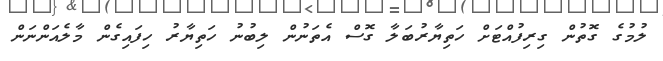
ލުމުގެ ގޮތުން ގިރިފުއްޓަށް ހަތިޔާރުބަލާ ގޮސް އެތަނުން ލިބުނު ހަތިޔާރު ހިފައިގެން މާލެއަންނަން